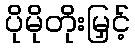
ပိုမိုတိုးမြှင့်